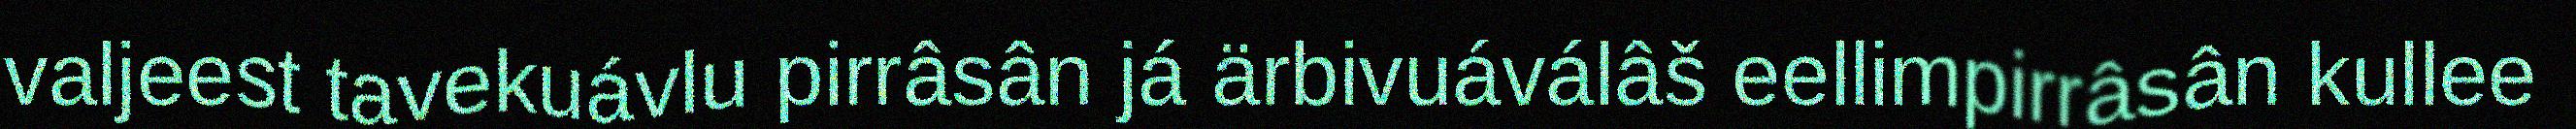
valjeest tavekuávlu pirrâsân já ärbivuáválâš eellimpirrâsân kullee